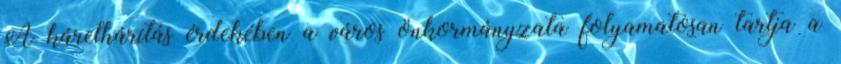
A kárelhárítás érdekében a város önkormányzata folyamatosan tartja a